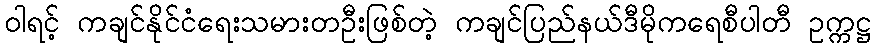
ဝါရင့် ကချင်နိုင်ငံရေးသမားတဦးဖြစ်တဲ့ ကချင်ပြည်နယ်ဒီမိုကရေစီပါတီ ဥက္ကဋ္ဌ